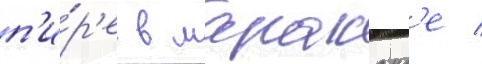
п'и́р'е в мараканд'е /